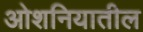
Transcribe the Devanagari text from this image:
ओशनियातील